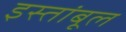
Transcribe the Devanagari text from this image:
इस्तांबूल